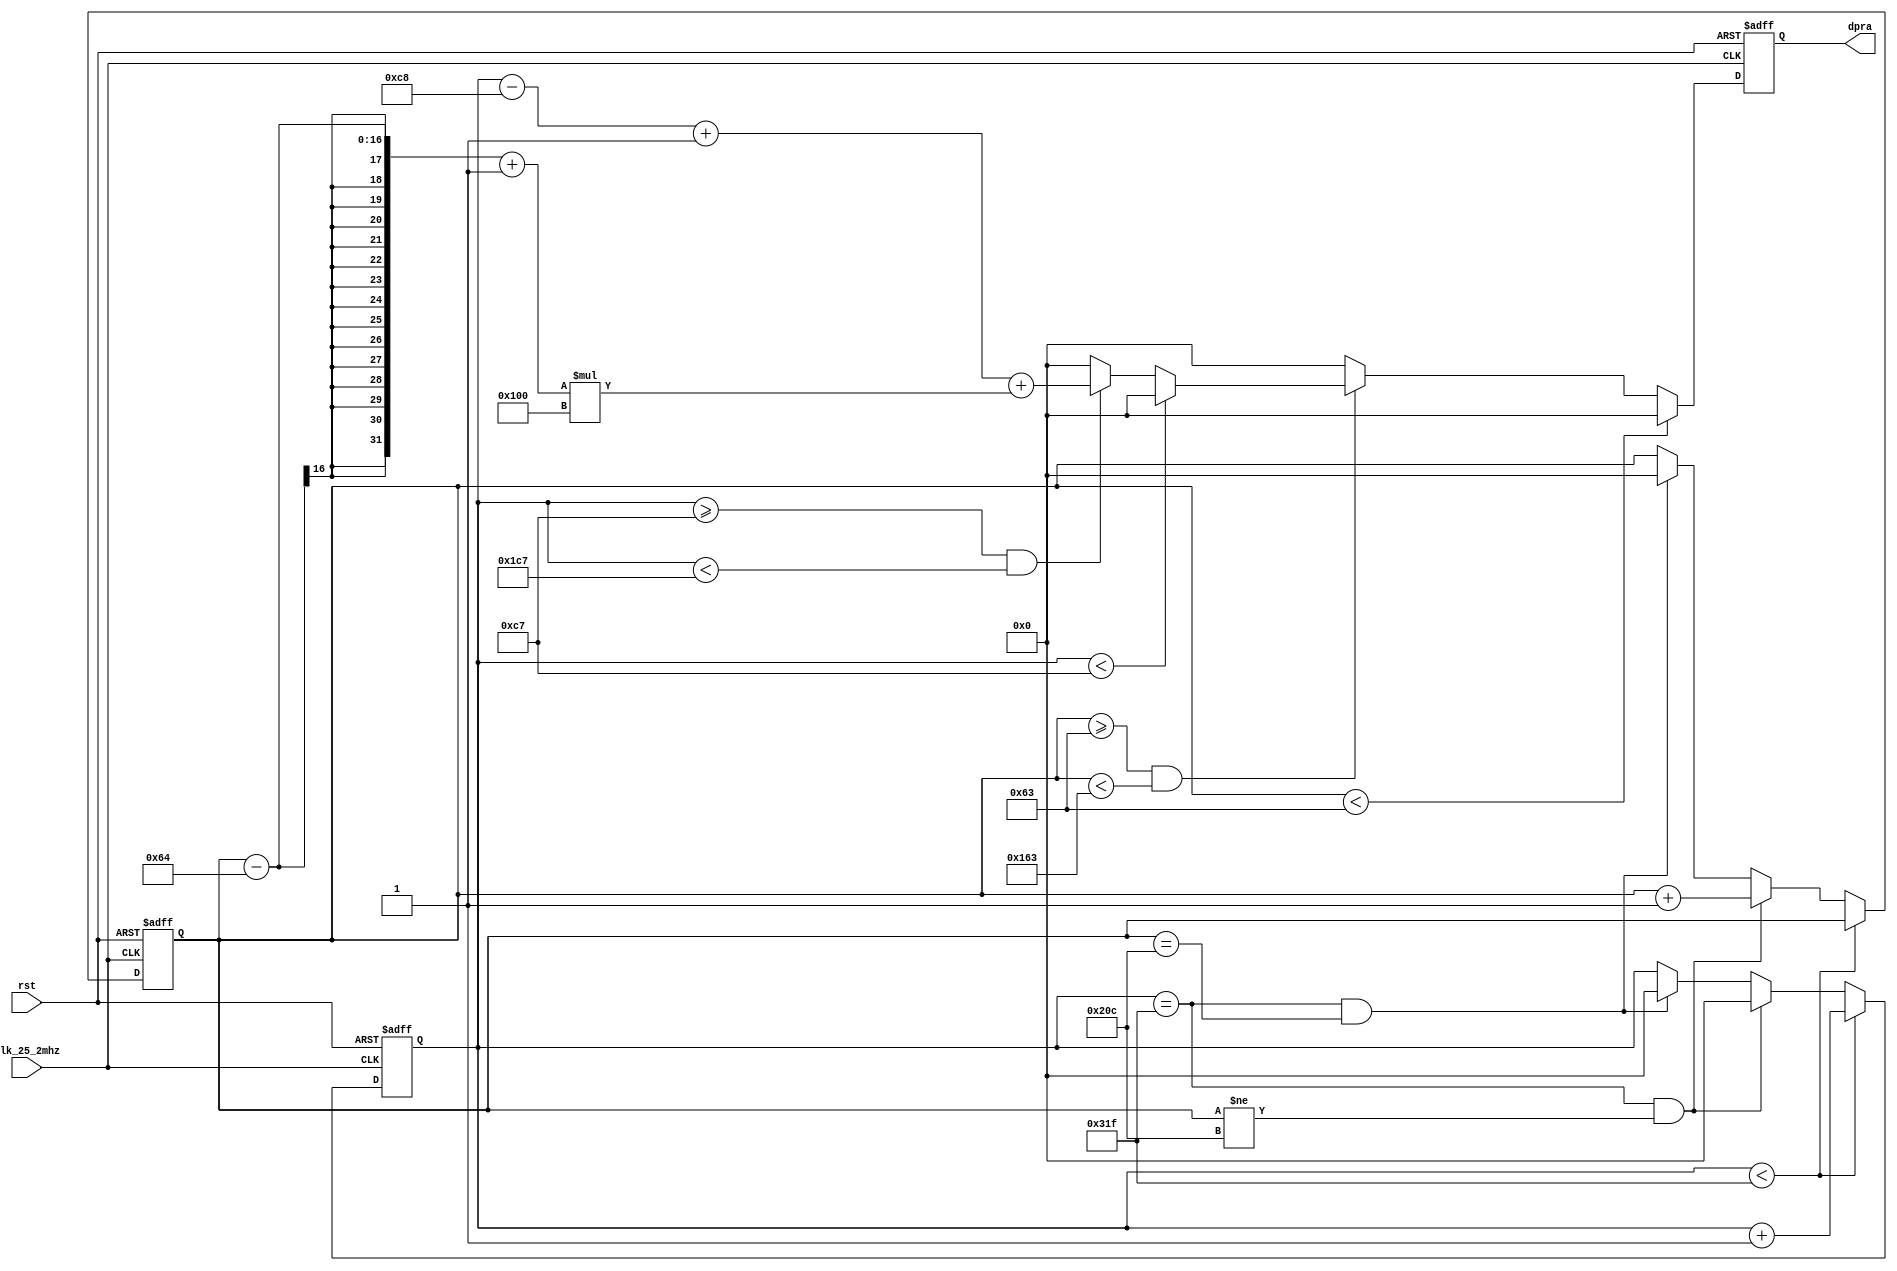
`timescale 1ns / 1ps
//////////////////////////////////////////////////////////////////////////////////
// Company: 
// Engineer: 
// 
// Design Name: 
// Module Name: get_data
// Project Name: 
// Target Devices: 
// Tool Versions: 
// Description: 
// 
// Dependencies: 
// 
// Revision:
// Revision 0.01 - File Created
// Additional Comments:
// 
//////////////////////////////////////////////////////////////////////////////////


module get_data(
    input clk_25_2mhz,rst,
    output reg [15:0]dpra
    );
    parameter LINE1=200;
        parameter LINE2=456;
        parameter LINE3=640;
        parameter LINE4=656;
        parameter LINE5=752;
        parameter LINE6=800;
          
        parameter ROW1=100;
        parameter ROW2=356;
        parameter ROW3=480;
        parameter ROW4=490;
        parameter ROW5=492;
        parameter ROW6=525;
    
    reg [15:0]line,row;
    
    always @ (posedge clk_25_2mhz or posedge rst)
    begin
        if (rst)
        begin
            line<=0;//1040-1
            row<=0;//666-1
        end
        else
        begin
            if (line<LINE6-1)
            begin
                line<=line+1;
                row<=row;
            end
            else if(line==LINE6-1 && row!=ROW6-1)
            begin
                line<=0;
                row<=row+1;
            end 
            else if(line==LINE6-1 && row==ROW6-1)
            begin
                line<=0;
                row<=0;
            end 
        end
    end
    
    always @ (posedge clk_25_2mhz or posedge rst)
    begin
        if (rst)
            dpra<=0;
        else
        begin
            if (row<ROW1-1)
            begin
                dpra<=0;
            end
            else if (row>=ROW1-1 && row<ROW2-1)
            begin
                if (line<LINE1-1)
                begin
                    dpra<=0;
                end
                else if (line>=LINE1-1 && line<LINE2-1)
                begin
                    dpra<=(line-LINE1+1)+(row-ROW1+1)*256;
                end
                else 
                begin
                    dpra<=0;
                end
            end
            else 
            begin
                dpra<=0;
            end
        end
    end
    
endmodule